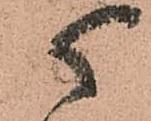
人